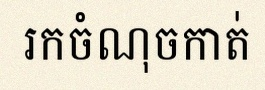
រកចំណុចកាត់